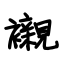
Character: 襯